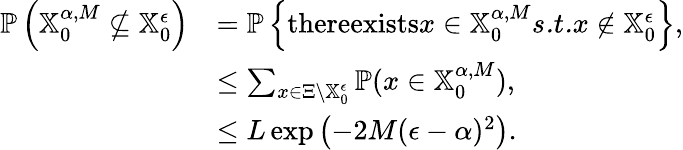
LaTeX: \begin{array}{rl}{\mathbb{P}\left(\mathbb{X}_{0}^{\alpha,M}\not\subseteq\mathbb{X}_{0}^{\epsilon}\right)}&{=\mathbb{P}\left\{ \textrm{thereexists}x\in\mathbb{X}_{0}^{\alpha,M}\textit{s.t.}x\not\in\mathbb{X}_{0}^{\epsilon}\right\} ,}\\ &{\leq\sum_{x\in\Xi\backslash\mathbb{X}_{0}^{\epsilon}}\mathbb{P}(x\in\mathbb{X}_{0}^{\alpha,M}),}\\ &{\leq L\exp\left(-2M(\epsilon-\alpha)^{2}\right).}\end{array}